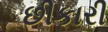
છીકારી